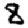
Digit: 8